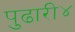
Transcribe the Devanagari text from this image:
पुढारी४